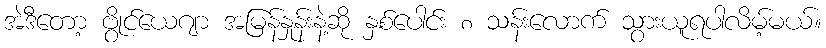
အဲဒီတော့ ဗွိုင်ယေဂျာ အမြန်နှုန်းနဲ့ဆို နှစ်ပေါင်း ၈ သန်းလောက် သွားယူရပါလိမ့်မယ်။